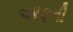
આફતી